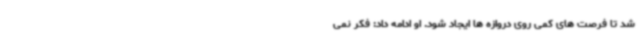
شد تا فرصت های کمی روی دروازه ها ایجاد شود. او ادامه داد: فکر نمی